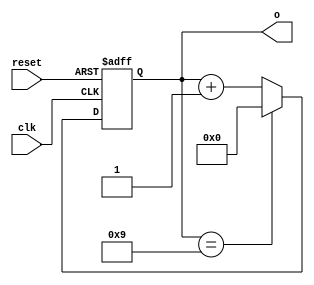
module bcd_count_up(
    input clk,
    input reset,
    output [3:0] o
    );
    
reg [3:0] o;
reg [3:0] o_tmp;
    
always @(o)
begin
    if(o[3:0] == 4'b1001)
        o_tmp[3:0] <= 4'b0000;
    else 
        o_tmp[3:0] <= o[3:0] + 4'd1; 
end

always @(posedge clk or negedge reset)
begin
    if(~reset)
        o[3:0] <= 4'b0000;
    else
        o[3:0] <= o_tmp[3:0];
end
    
endmodule